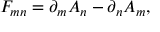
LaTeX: F _ { m n } = \partial _ { m } A _ { n } - \partial _ { n } A _ { m } ,